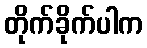
တိုက်ခိုက်ပါက